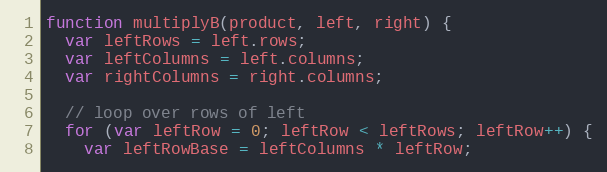
Language: JavaScript
function multiplyB(product, left, right) {
  var leftRows = left.rows;
  var leftColumns = left.columns;
  var rightColumns = right.columns;

  // loop over rows of left
  for (var leftRow = 0; leftRow < leftRows; leftRow++) {
    var leftRowBase = leftColumns * leftRow;